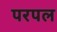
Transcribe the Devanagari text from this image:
परपल